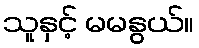
သူနှင့် မမနွယ်။